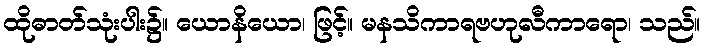
ထိုဓာတ်သုံးပါး၌။ ယောနိယော၊ ဖြင့်။ မနသိကာရဗဟုလီကာရော၊ သည်။